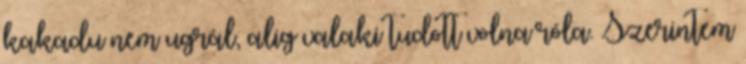
kakadu nem ugrál, alig valaki tudott volna róla. Szerintem